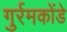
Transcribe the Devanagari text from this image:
गुर्रमकोंडे